Annual report of the Punjab Veterinary College and of the Civil Veterinary Department, Punjab - 1926-1932
Year: 1926
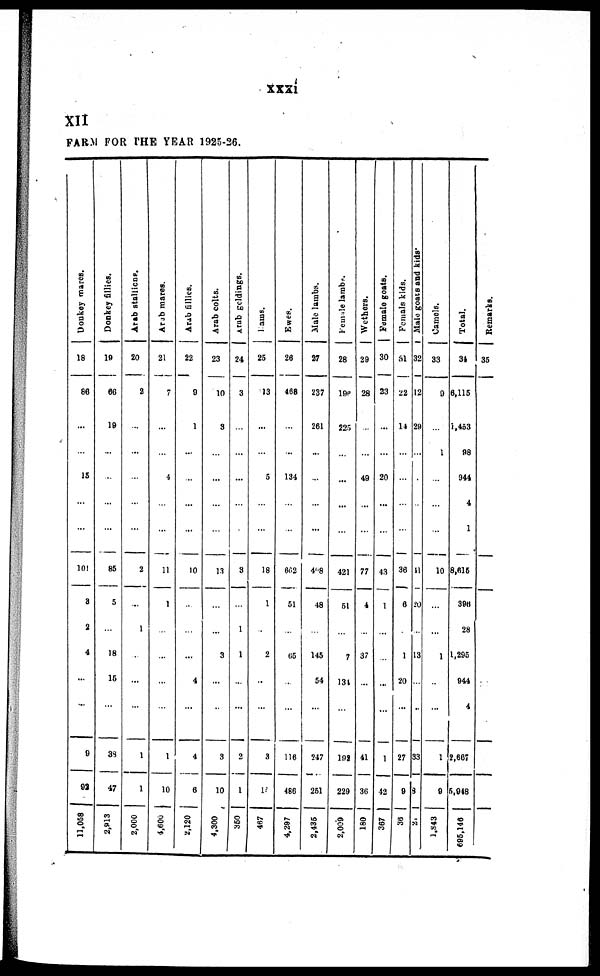
xxxi
XII
FARM FOR THE YEAR 1925-26.
Donkey mares.
18
86
...
...
15
...
...
101
3
2
4
...
...
0
92
11,058
Donkey fillies.
19
66
19
...
...
...
...
85
5
...
18
15
...
39
47
2,913
Arab stallions.
20
2
...
...
...
...
...
2
...
1
...
...
...
1
1
2,000
Arab mares.
21
7
...
...
4
...
...
11
1
...
...
...
...
1
10
4,600
Arab fillies.
22
9
1
...
...
...
...
10
...
...
...
4
...
4
6
2,120
Arab colts.
23
10
3
...
...
...
...
13
...
...
3
...
...
3
10
4,300
Arab geldings.
24
3
...
...
...
...
...
3
...
1
1
...
...
2
1
350
Fams.
25
13
...
...
5
...
...
18
1
...
2
...
...
3
17
467
Ewes.
26
46B
...
...
134
...
...
602
51
...
65
...
...
116
486
4,297
Male lambs.
27
237
261
...
...
...
...
498
48
...
145
54
...
247
251
2,435
Female lambs.
28
19P
225
...
...
...
...
421
51
...
7
134
...
192
229
2,009
Wethers.
29
28
...
...
49
...
...
77
4
...
37
...
...
41
36
180 |
Female goats.
30
23
...
...
20
...
...
43
1
...
...
...
...
1
42
367 |
Femals kids.
31
22
14
...
...
...
...
36
6
...
1
20
...
27
9
36 |
Male goats and kids*
32
12
29
...
...
...
...
41
20
...
13
...
...
33
3
2
Camels.
33
9
...
1
...
...
...
10
...
...
1
...
...
1
9
1,843
Total.
34
6,115
1,453
98
944
4
1
8,615
396
28
1,295
944
4
2,667
5,948
695,146
Remarks.
35